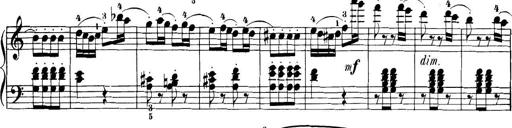
Title: 32 Sonatinas and Rondos for the Piano
Composer: Richard Kleinmichel